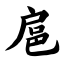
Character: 扈